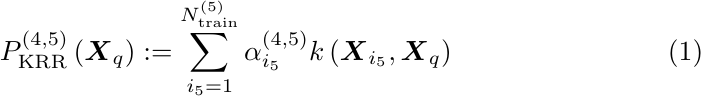
\begin{equation}
    P_{\rm KRR}^{(4,5)}\left(\boldsymbol{X}_q\right) := \sum_{i_5=1}^{N^{(5)}_{\rm train}}\alpha^{(4,5)}_{i_5}k\left(\boldsymbol{X}_{i_5},\boldsymbol{X}_q\right)
\end{equation}